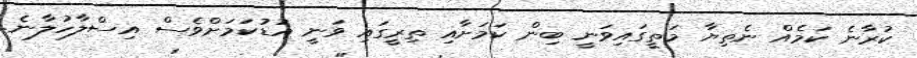
ކުރާނެ ކަމެއް ނެތިޔާ މަތީގައިވަނީ ބިން ކަމަށާއި ތިރީގައި ވަނީ އުޑުކަމަށްވެސް އިސްލާހުލާނެ.